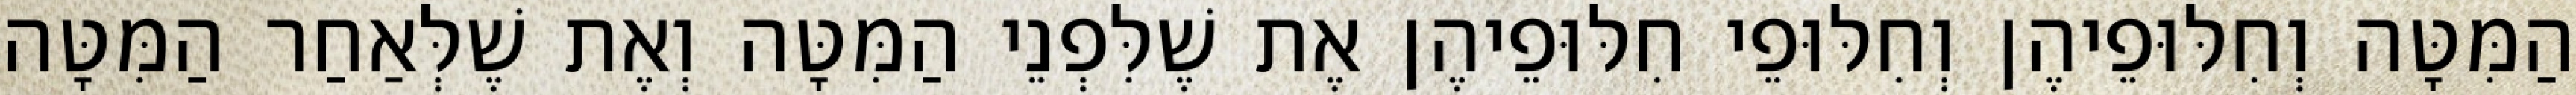
הַמִּטָּה וְחִלּוּפֵיהֶן וְחִלּוּפֵי חִלּוּפֵיהֶן אֶת שֶׁלִּפְנֵי הַמִּטָּה וְאֶת שֶׁלְּאַחַר הַמִּטָּה